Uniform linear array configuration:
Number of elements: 32
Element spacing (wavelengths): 1
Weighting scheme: exponential
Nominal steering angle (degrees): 30
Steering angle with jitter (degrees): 30.26
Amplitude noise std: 0.05
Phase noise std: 0.05

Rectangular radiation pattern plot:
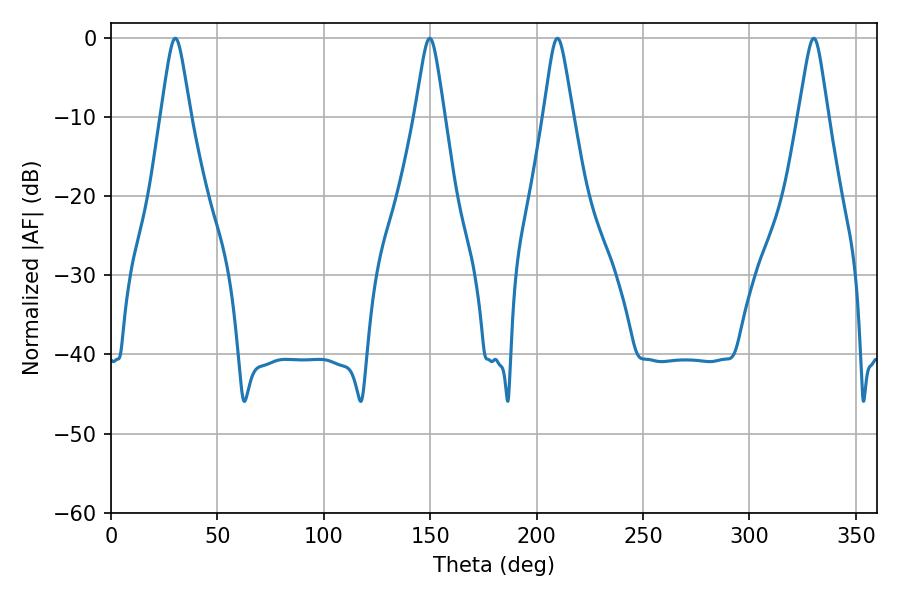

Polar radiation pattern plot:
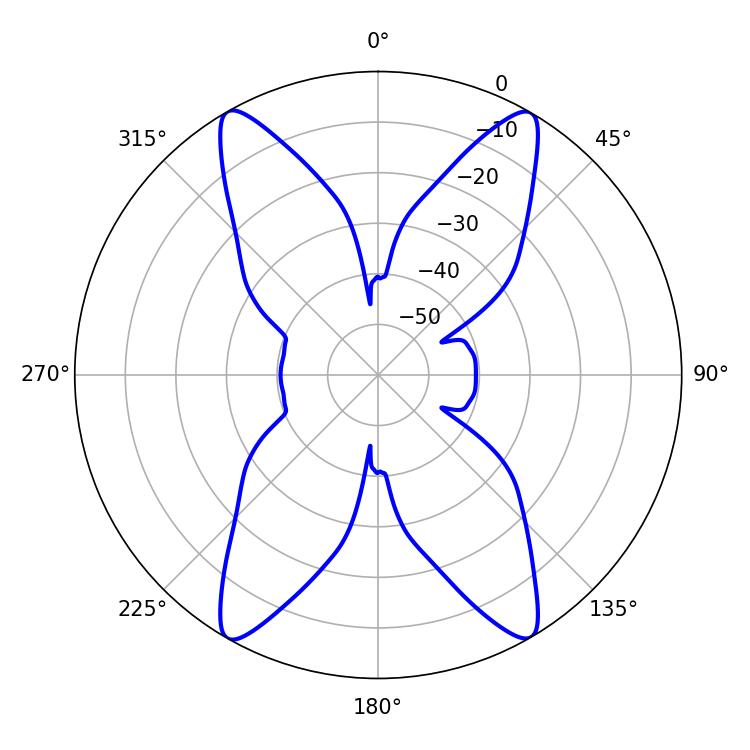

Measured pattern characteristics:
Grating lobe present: TRUE
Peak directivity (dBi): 29.459
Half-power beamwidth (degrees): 6.48
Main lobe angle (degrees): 30.24